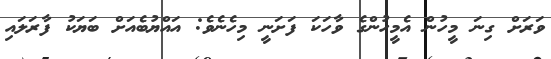
ވަރަށް ގިނަ މީހުން އެމީހުންގެ ވާހަކަ ފަށަނީ މިހެނެވެ: އައްޔުބެއަށް ބަޔަކު ފާރަލައި